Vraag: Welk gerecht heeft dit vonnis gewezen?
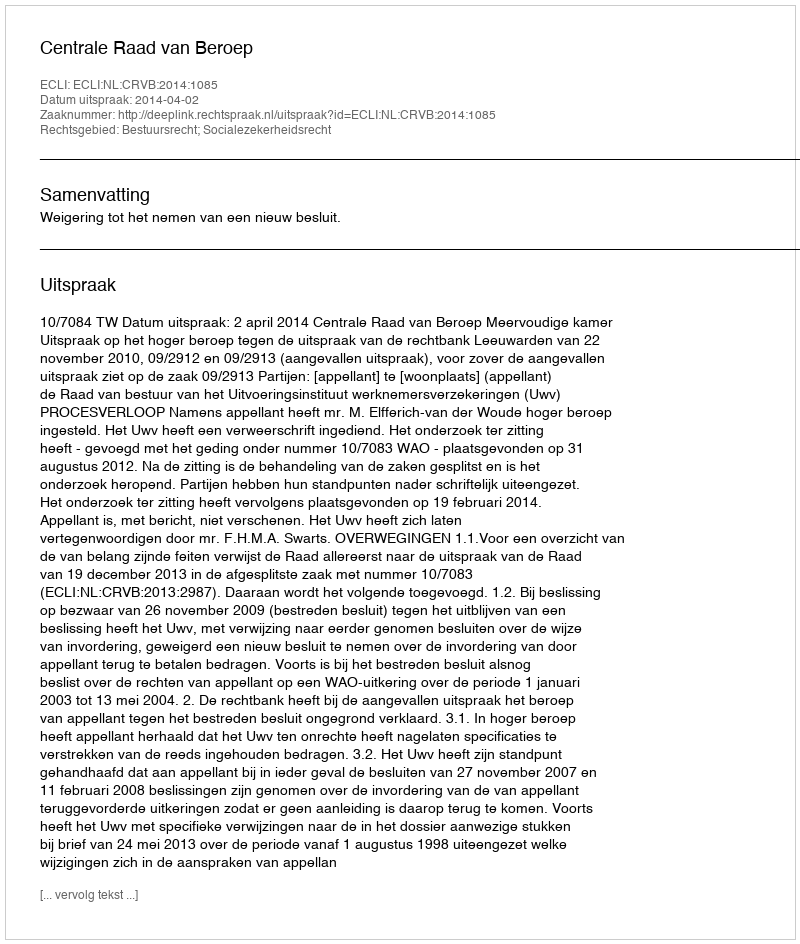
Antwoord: Centrale Raad van Beroep